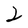
Character: 2